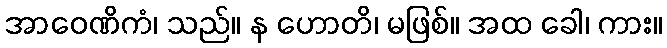
အာဝေဏိကံ၊ သည်။ န ဟောတိ၊ မဖြစ်။ အထ ခေါ၊ ကား။